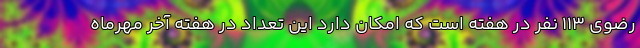
رضوی ۱۱۳ نفر در هفته است که امکان دارد این تعداد در هفته آخر مهرماه